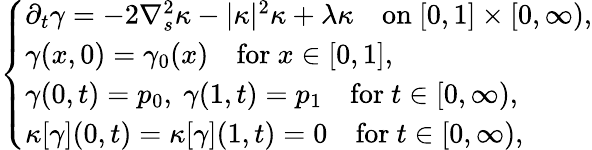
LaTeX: \left\{ \begin{array}{ll}{\partial_{t}\gamma=-2\nabla_{s}^{2}\kappa-|\kappa|^{2}\kappa+\lambda\kappa\quad\mathrm{on}\ [0,1]\times[0,\infty),}\\ {\gamma(x,0)=\gamma_{0}(x)\quad\mathrm{for}\ x\in[0,1],}\\ {\gamma(0,t)=p_{0},\ \gamma(1,t)=p_{1}\quad\mathrm{for}\ t\in[0,\infty),}\\ {\kappa[\gamma](0,t)=\kappa[\gamma](1,t)=0\quad\mathrm{for}\ t\in[0,\infty),}\end{array}\right.